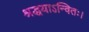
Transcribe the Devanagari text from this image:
श्रद्धयाऽन्वितः।